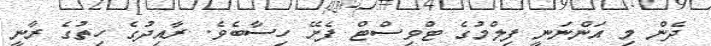
ދެން މި އަންނަނީ ފިލްމުގެ ޓްވިސްޓް ފެށޭ ހިސާބެވެ. ރާއިދުގެ ހިތުގެ ރާނީ